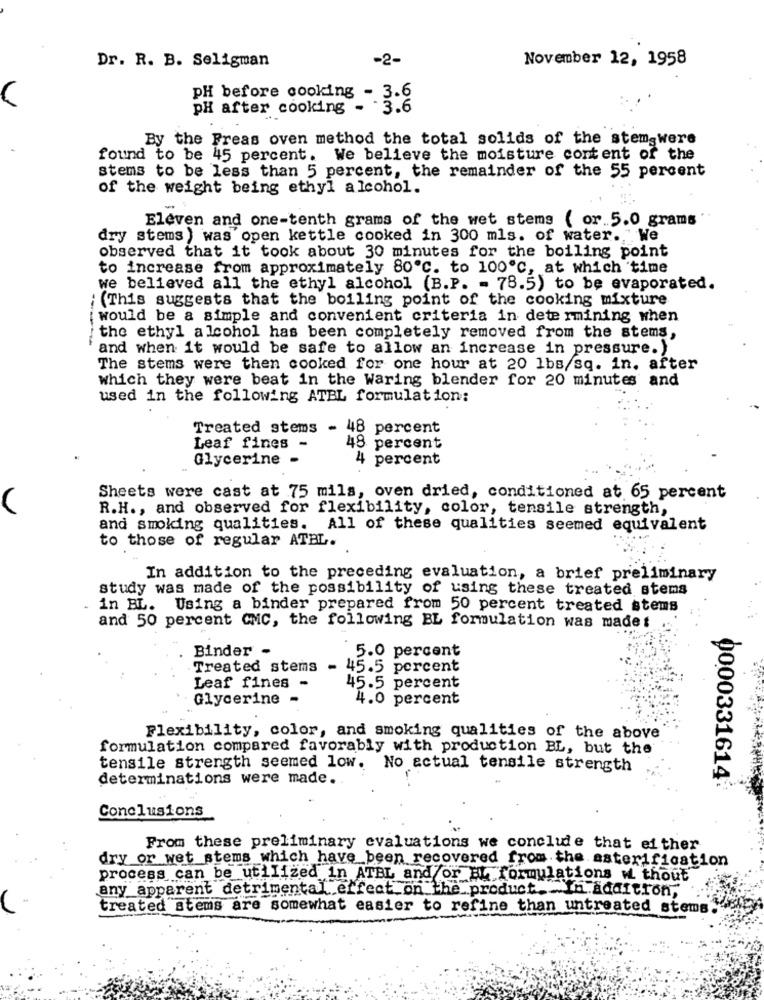
Dr. R. B. Seligman
-2-
November 12, 1958
pH before cooking - 3.6
pH after cooking .
· · 3.6
By the Freas oven method the total solids of the stemswere
found to be 45 percent. We believe the moisture content of the
stems to be less than 5 percent, the remainder of the 55 percent
of the weight being ethyl alcohol.
-
Eleven and one-tenth grams of the wet stems ( or.5.0 grams
dry stems) was open kettle cooked in 300 mls. of water. "We
observed that it took about 30 minutes for the boiling point
to increase from approximately 80℃. to 100℃, at which time
we believed all the ethyl alcohol (B.P. - 78.5) to be evaporated.
; (This suggests that the boiling point of the cooking mixture
would be a simple and convenient criteria in determining when
the ethyl alcohol has been completely removed from the stems,
and when it would be safe to allow an increase in pressure. )
The stems were then cooked for one hour at 20 lbs/sq. in. after
which they were beat in the Waring blender for 20 minutes and
used in the following ATBL formulation:
Treated stems - 48 percent
Leaf fines -
48 percent
Glycerine -
4
percent
Sheets were cast at 75 mils, oven dried, conditioned at 65 percent
R.H ., and observed for flexibility, color, tensile strength,
and smoking qualities.
All of these qualities seemed equivalent
to those of regular ATBL.
In addition to the preceding evaluation, a brief preliminary
study was made of the possibility of using these treated stems
. in BL. Using a binder prepared from 50 percent treated stems
and 50 percent CMC, the following BL formulation was madet
Binder -
5.0 percent
Treated stems - 45.5 percent
Leaf fines -
45.5 percent
Glycerine -
4.0 percent
Flexibility, color, and smoking qualities of the above
formulation compared favorably with production BL, but the
tensile strength seemed low. No actual tensile strength
determinations were made.
0000331614
Conclusions
From these preliminary evaluations we conclude that either
dry or wet stems which have been recovered from the asterification
process can be utilized in ATBL and/or at formulations w. thout
any apparent detrimental effect on the product. In addition,
treated stems are somewhat easier to refine than untreated stems